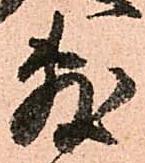
敷